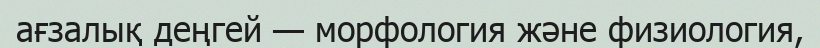
ағзалық деңгей — морфология және физиология,